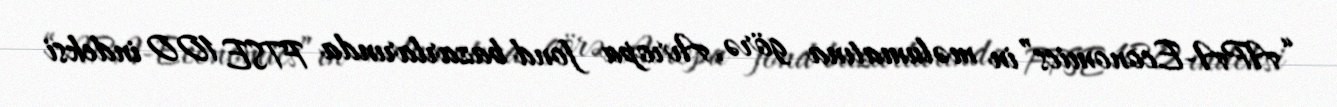
“APA-Economics”in məlumatına görə, Avropa fond bazarlarında FTSE 100 indeksi